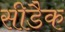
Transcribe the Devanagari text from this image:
सीडैक